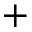
+